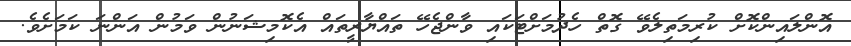
އޮންލައިންކޮށް ކުރިމަތިލެވޭ ގޮތް ހެދުމަށްޓަކައި ވާންޖެހޭ ތައްޔާރީތައް އެކޮމިޝަނުން ވަމުން އަންނަ ކަމަށެވެ.